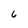
Character: 6